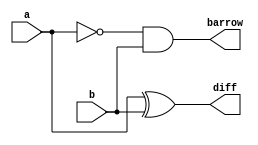
`timescale 1ns / 1ps
//////////////////////////////////////////////////////////////////////////////////
// Company: 
// Engineer: 
// 
// Design Name: 
// Module Name: half_subtractor
// Project Name: 
// Target Devices: 
// Tool Versions: 
// Description: 
// 
// Dependencies: 
// 
// Revision:
// Revision 0.01 - File Created
// Additional Comments:
// 
//////////////////////////////////////////////////////////////////////////////////


module half_subtractor(
    input a,b,
    output diff,barrow
    );
    assign diff =a^b;
    assign barrow =(~a)&b;
endmodule